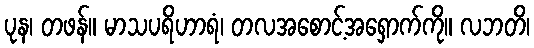
ပုန၊ တဖန်။ မာသပရိဟာရံ၊ တလအစောင့်အရှောက်ကို။ လဘတိ၊